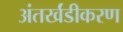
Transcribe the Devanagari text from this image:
अंतर्खंडीकरण